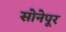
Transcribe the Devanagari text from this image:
सोनेपूर